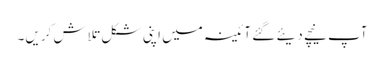
آپ نیچے دیئے گئے آئینہ میں اپنی شکل تلاش کریں۔